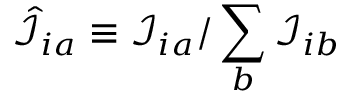
\hat { \mathcal { I } } _ { i a } \equiv \mathcal { I } _ { i a } / \sum _ { b } \mathcal { I } _ { i b }